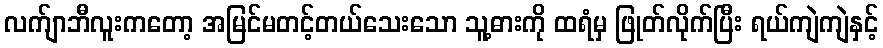
လက်ျာဘီလူးကတော့ အမြင်မတင့်တယ်သေးသော သူ့ဓားကို ထရံမှ ဖြုတ်လိုက်ပြီး ရယ်ကျဲကျဲနှင့်